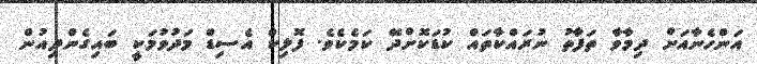
އަންހެނާއަށް ދިމާވާ ތަފާތު ނުރައްކާތައް ކުޑަކޮށްދޭ ކަމެކެވެ. ފޮލިކް އެސިޑް މަދުވުމަކީ ބައިގެންދިއުން